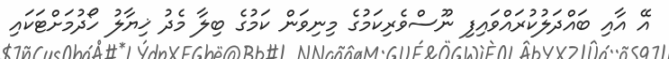
އޭ އާއި ބައްދަލުކުރައްވައިފި ނޫސްވެރިކަމުގެ މިނިވަން ކަމުގެ ބިލާ މެދު ޚިޔާލު ހޯދުމަށްޓަކައި